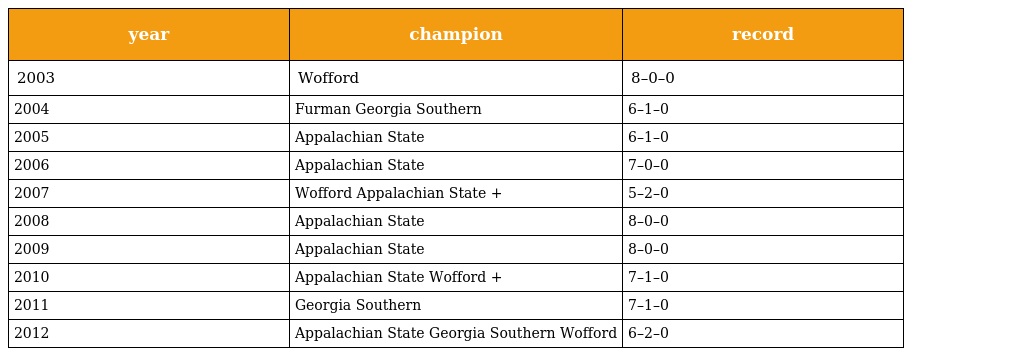
| year | champion | record |
 | --- | --- | --- |
 | 2003 | Wofford | 8–0–0 |
 | 2004 | Furman Georgia Southern | 6–1–0 |
 | 2005 | Appalachian State | 6–1–0 |
 | 2006 | Appalachian State | 7–0–0 |
 | 2007 | Wofford Appalachian State + | 5–2–0 |
 | 2008 | Appalachian State | 8–0–0 |
 | 2009 | Appalachian State | 8–0–0 |
 | 2010 | Appalachian State Wofford + | 7–1–0 |
 | 2011 | Georgia Southern | 7–1–0 |
 | 2012 | Appalachian State Georgia Southern Wofford | 6–2–0 |